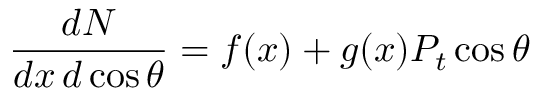
\frac { d N } { d x \, d \cos \theta } = f ( x ) + g ( x ) P _ { t } \cos \theta